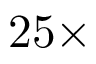
2 5 \times